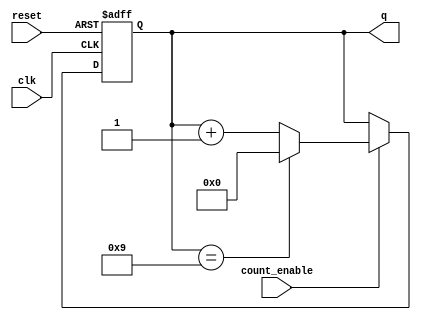
module BCD_Asynchronous_Counter (
    input wire clk,           // Clock input
    input wire reset,         // Asynchronous reset input
    input wire count_enable,   // Count enable input
    output reg [3:0] q        // 4-bit output representing BCD value
);

    // Asynchronous reset and counting logic
    always @(posedge clk or posedge reset) begin
        if (reset) begin
            // Reset the counter to 0000
            q <= 4'b0000;
        end else if (count_enable) begin
            // Check if the current count is 9 (1001)
            if (q == 4'b1001) begin
                // Reset to 0000 if count reaches 10 (1010)
                q <= 4'b0000;
            end else begin
                // Increment the counter
                q <= q + 1;
            end
        end
    end

endmodule